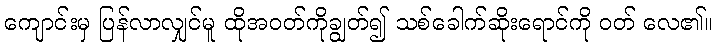
ကျောင်းမှ ပြန်လာလျှင်မူ ထိုအဝတ်ကိုချွတ်၍ သစ်ခေါက်ဆိုးရောင်ကို ဝတ် လေ၏။